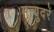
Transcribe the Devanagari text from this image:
मृत्युदरें